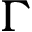
\Gamma